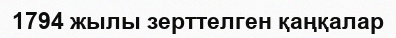
1794 жылы зерттелген қаңқалар